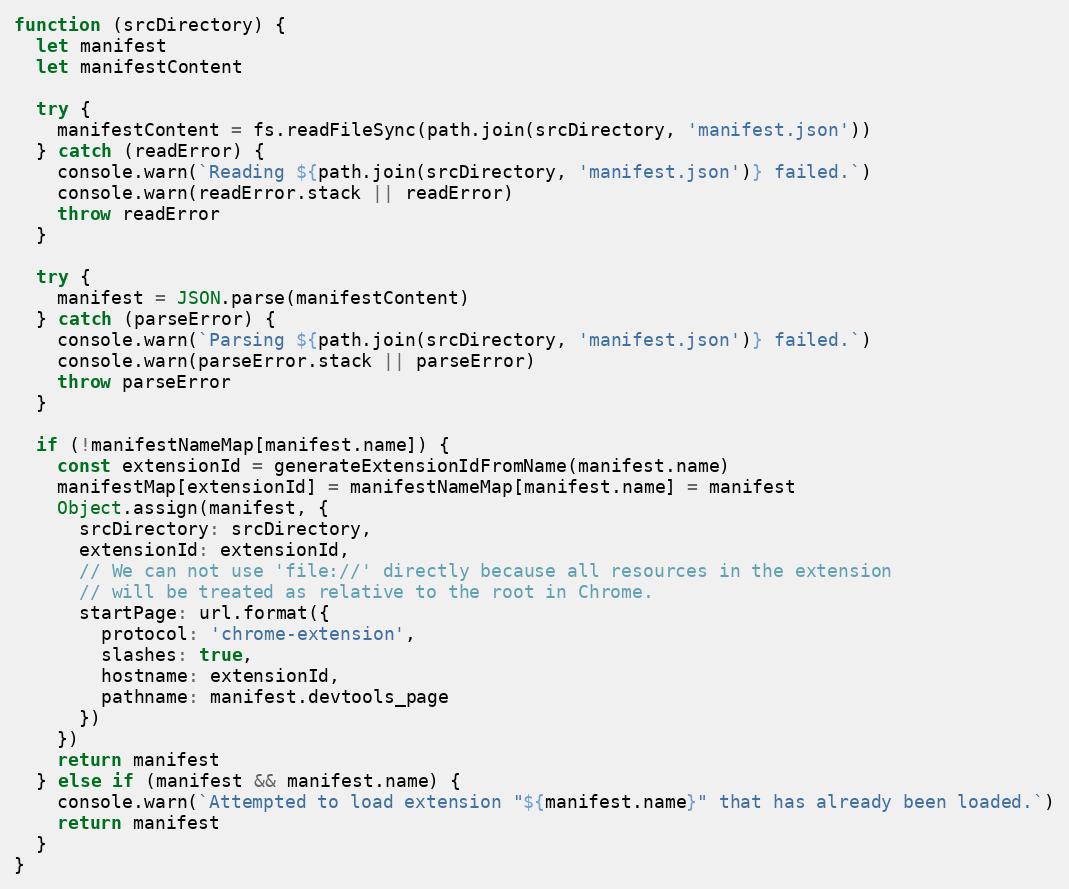
Language: JavaScript
function (srcDirectory) {
  let manifest
  let manifestContent

  try {
    manifestContent = fs.readFileSync(path.join(srcDirectory, 'manifest.json'))
  } catch (readError) {
    console.warn(`Reading ${path.join(srcDirectory, 'manifest.json')} failed.`)
    console.warn(readError.stack || readError)
    throw readError
  }

  try {
    manifest = JSON.parse(manifestContent)
  } catch (parseError) {
    console.warn(`Parsing ${path.join(srcDirectory, 'manifest.json')} failed.`)
    console.warn(parseError.stack || parseError)
    throw parseError
  }

  if (!manifestNameMap[manifest.name]) {
    const extensionId = generateExtensionIdFromName(manifest.name)
    manifestMap[extensionId] = manifestNameMap[manifest.name] = manifest
    Object.assign(manifest, {
      srcDirectory: srcDirectory,
      extensionId: extensionId,
      // We can not use 'file://' directly because all resources in the extension
      // will be treated as relative to the root in Chrome.
      startPage: url.format({
        protocol: 'chrome-extension',
        slashes: true,
        hostname: extensionId,
        pathname: manifest.devtools_page
      })
    })
    return manifest
  } else if (manifest && manifest.name) {
    console.warn(`Attempted to load extension "${manifest.name}" that has already been loaded.`)
    return manifest
  }
}